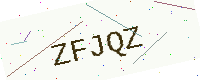
Text: ZFJQZ